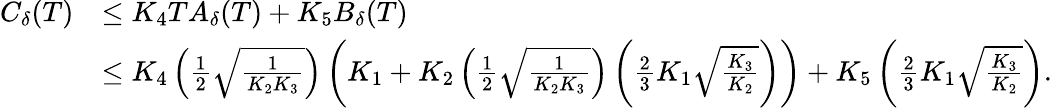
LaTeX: \begin{array}{rl}{C_{\delta}(T)}&{\leq K_{4}TA_{\delta}(T)+K_{5}B_{\delta}(T)}\\ &{\leq K_{4}\left(\frac{1}{2}\sqrt{\frac{1}{K_{2}K_{3}}}\right)\left(K_{1}+K_{2}\left(\frac{1}{2}\sqrt{\frac{1}{K_{2}K_{3}}}\right)\left(\frac{2}{3}K_{1}\sqrt{\frac{K_{3}}{K_{2}}}\right)\right)+K_{5}\left(\frac{2}{3}K_{1}\sqrt{\frac{K_{3}}{K_{2}}}\right).}\end{array}